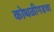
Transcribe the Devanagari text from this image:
कोथळीगडचा